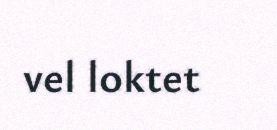
vel loktet